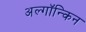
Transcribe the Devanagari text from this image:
अल्गॉन्किन